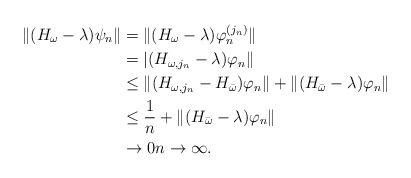
LaTeX: \begin{align*}\|(H_\omega-\lambda)\psi_n\|&=\|(H_\omega-\lambda)\varphi_n^{(j_n)}\|\\&=|(H_{\omega,j_n}-\lambda)\varphi_n\|\\&\leq\|(H_{\omega,j_n}-H_{\bar\omega})\varphi_n\|+\|(H_{\bar\omega}-\lambda)\varphi_n\|\\&\leq \frac{1}{n}+\|(H_{\bar\omega}-\lambda)\varphi_n\|\\&\to 0 n\to \infty.\end{align*}